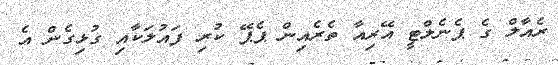
ރެއާލް ގެ ޕެނެލްޓީ އޭރިއާ ތެރެއިން ޕެޕޭ ކުރި ފައުލަކާއި ގުޅިގެން އެ